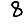
Digit: 8